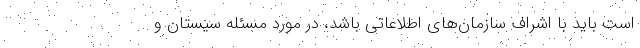
است باید با اشراف سازمان‌های اطلاعاتی باشد، در مورد مسئله سیستان و